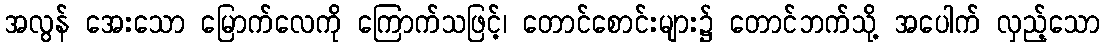
အလွန် အေးသော မြောက်လေကို ကြောက်သဖြင့်၊ တောင်စောင်းများ၌ တောင်ဘက်သို့ အပေါက် လှည့်သော